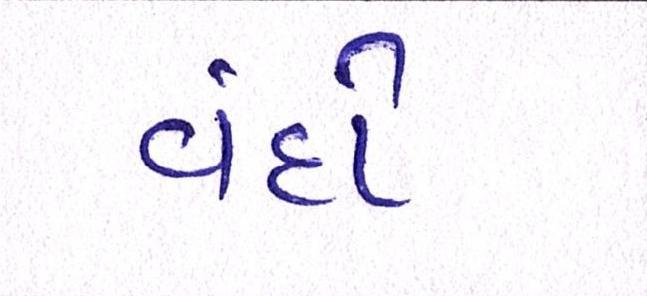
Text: વંદો